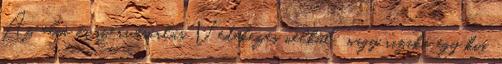
Az első óvszervásárlás Védekezés nélkül: nagy rizikó egy kis.